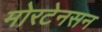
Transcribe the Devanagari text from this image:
मोरटेनसन